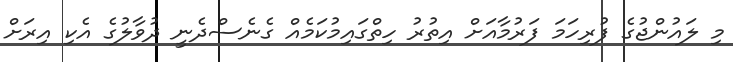
މި ލައުންޖުގެ ފުރިހަމަ ފަރުމާއަށް އިތުރު ހިތްގައިމުކަމެއް ގެނެސްދެނީ ދުވާލުގެ އެކި އިރަށް